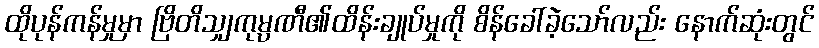
ထိုပုန်ကန်မှုမှာ ဗြိတိသျှကုမ္ပဏီ၏ထိန်းချုပ်မှုကို စိန်ခေါ်ခဲ့သော်လည်း နောက်ဆုံးတွင်